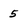
Character: 5